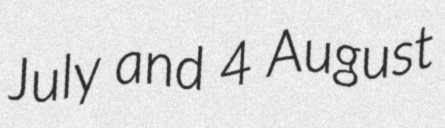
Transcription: July and 4 August